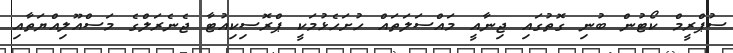
ސުޕްރީމް ކޯޓުން ބުނި ގޮތުގައި ޖިނާއީ މައްސަލަތައް ހުށަހެޅުމަކީ ޕްރޮސިކިއުޓާ ޖެނެރަލްގެ މަސްއޫލިއްޔަތާއި